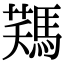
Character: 𩣻